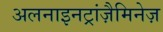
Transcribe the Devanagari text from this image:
अलनाइनट्रांज़ैमिनेज़